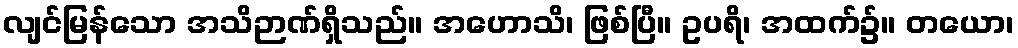
လျင်မြန်သော အသိဉာဏ်ရှိသည်။ အဟောသိ၊ ဖြစ်ပြီ။ ဥပရိ၊ အထက်၌။ တယော၊